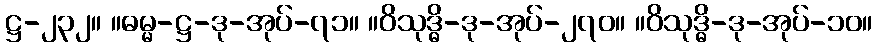
ဋ္ဌ-၂၃၂။ ။ဓမ္မ-ဋ္ဌ-ဒု-အုပ်-၇၁။ ။ဝိသုဒ္ဓိ-ဒု-အုပ်-၂၇၀။ ။ဝိသုဒ္ဓိ-ဒု-အုပ်-၁၀။